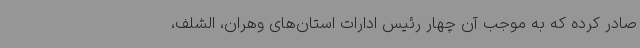
صادر کرده که به موجب آن چهار رئیس ادارات استان‌های وهران، الشلف،